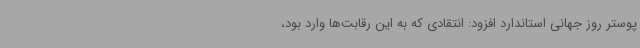
پوستر روز جهانی استاندارد افزود: انتقادی که به این رقابت‌ها وارد بود،